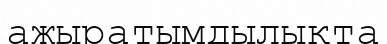
ажыратымдылықта